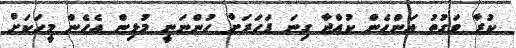
ކުރާ ވަގުތު އަންހެން ކުއްޖާ ގިނަ ފަހަރަށް ހުންނަނީ މުޅިން އެހެން މީހަކަށް